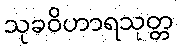
သုခဝိဟာရသုတ္တ